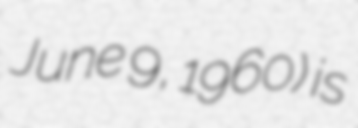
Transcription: June 9, 1960) is